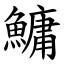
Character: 鱅